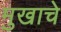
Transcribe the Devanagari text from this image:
मुखाचे